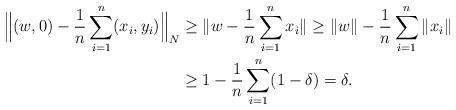
LaTeX: \begin{align*} \Big\Vert (w,0) - \frac{1}{n}\sum_{i=1}^{n} (x_i,y_i) \Big\Vert_N &\ge \Vert w - \frac{1}{n}\sum_{i=1}^{n} x_i\Vert \ge \|w\| - \frac{1}{n}\sum_{i=1}^{n}\|x_i\| \\ &\ge 1 - \frac{1}{n}\sum_{i=1}^{n} (1 - \delta) = \delta. \end{align*}